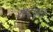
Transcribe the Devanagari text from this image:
राष्ट्रकूल